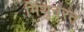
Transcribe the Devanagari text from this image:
मिथुनरत